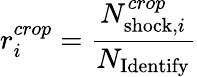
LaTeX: r_{i}^{crop}=\frac{N_{{\mathrm{shock}},i}^{crop}}{N_{\mathrm{Identify}}}